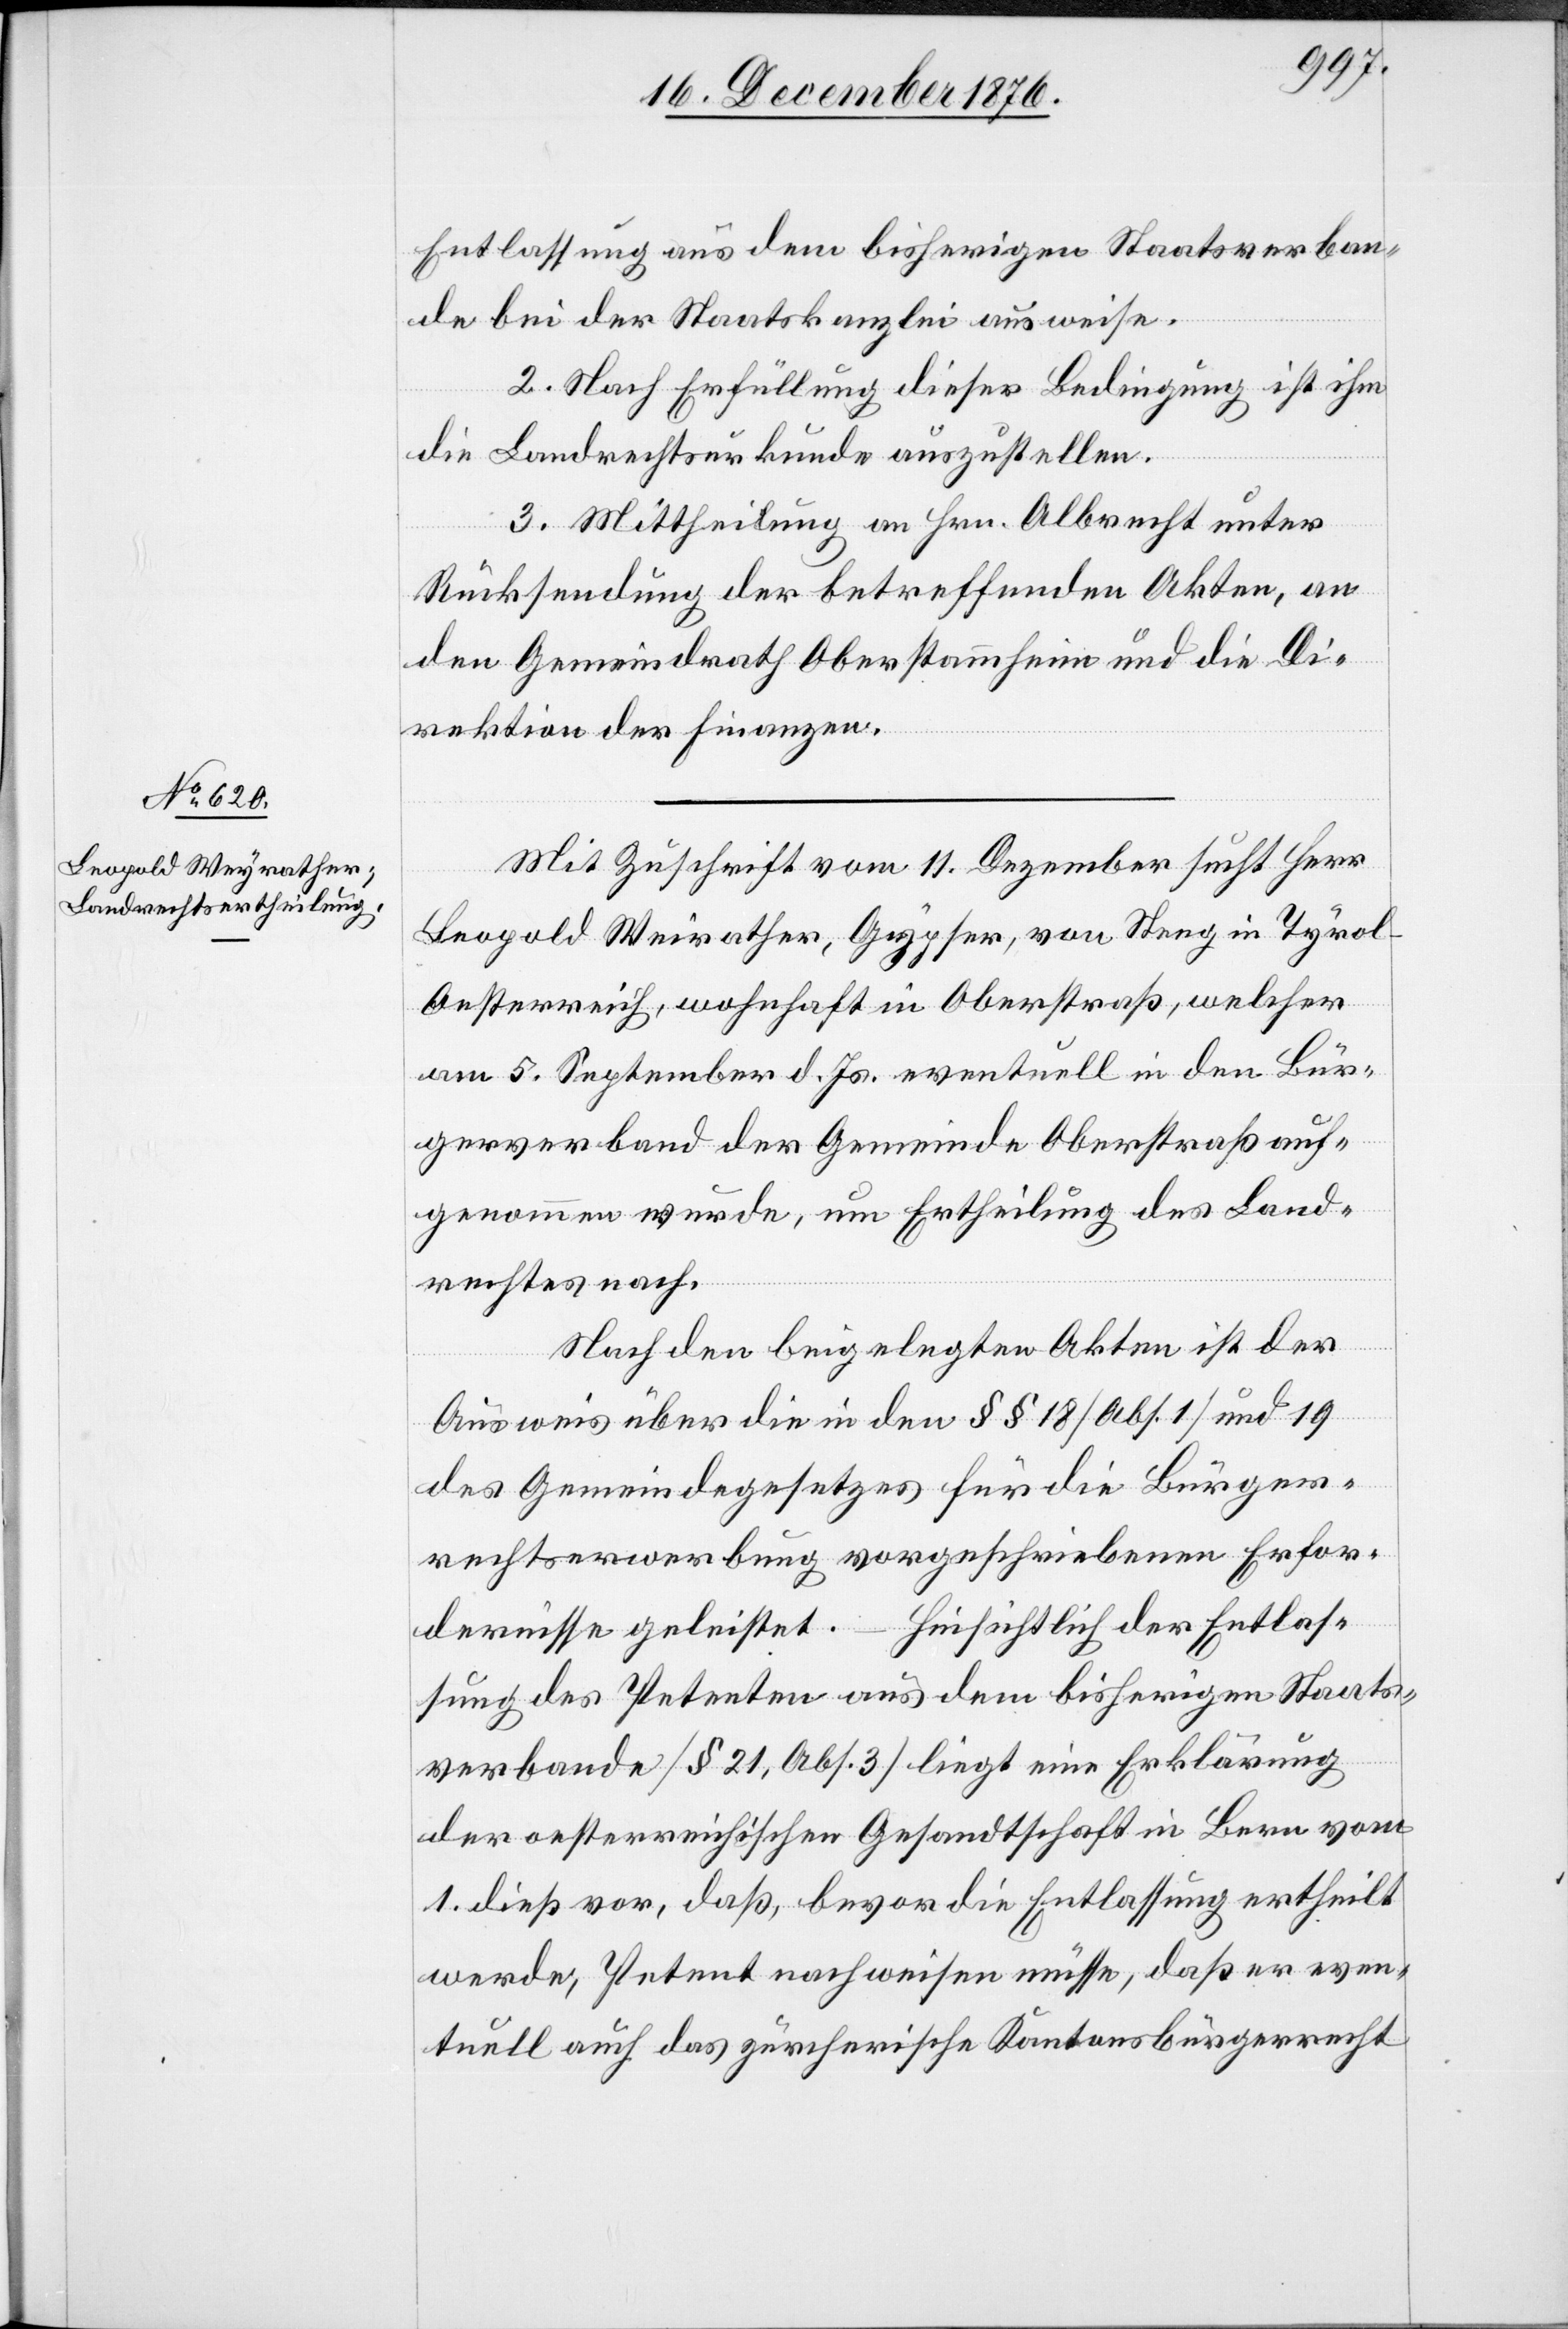
Entlassung aus dem bisherigen Staatsverban¬
de bei der Staatskanzlei ausweise.
2. Nach Erfüllung dieser Bedingung ist ihm
die Landrechtsurkunde auszustellen.
3. Mittheilung an Hrn. Albrecht unter
Rücksendung der betreffenden Akten, an
den Gemeindrath Oberstammheim und die Di¬
rektion der Finanzen.